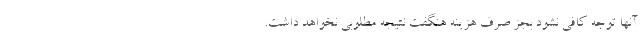
آنها توجه کافی نشود بجز صرف هزینه هنگفت نتیجه مطلوبی نخواهد داشت.